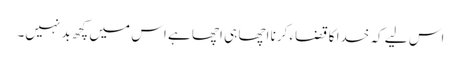
اس لیے کہ خدا کا قضاء کرنا اچھا ہی اچھا ہے اس میں کچھ بد نہیں۔